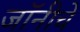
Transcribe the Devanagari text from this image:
जॉनीचे